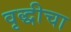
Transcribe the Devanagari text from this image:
वृद्धीचा